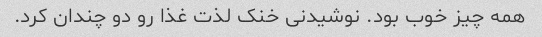
همه چیز خوب بود. نوشیدنی خنک لذت غذا رو دو چندان کرد.